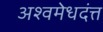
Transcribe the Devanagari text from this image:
अश्वमेधदंत्त